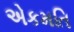
એકમતિ